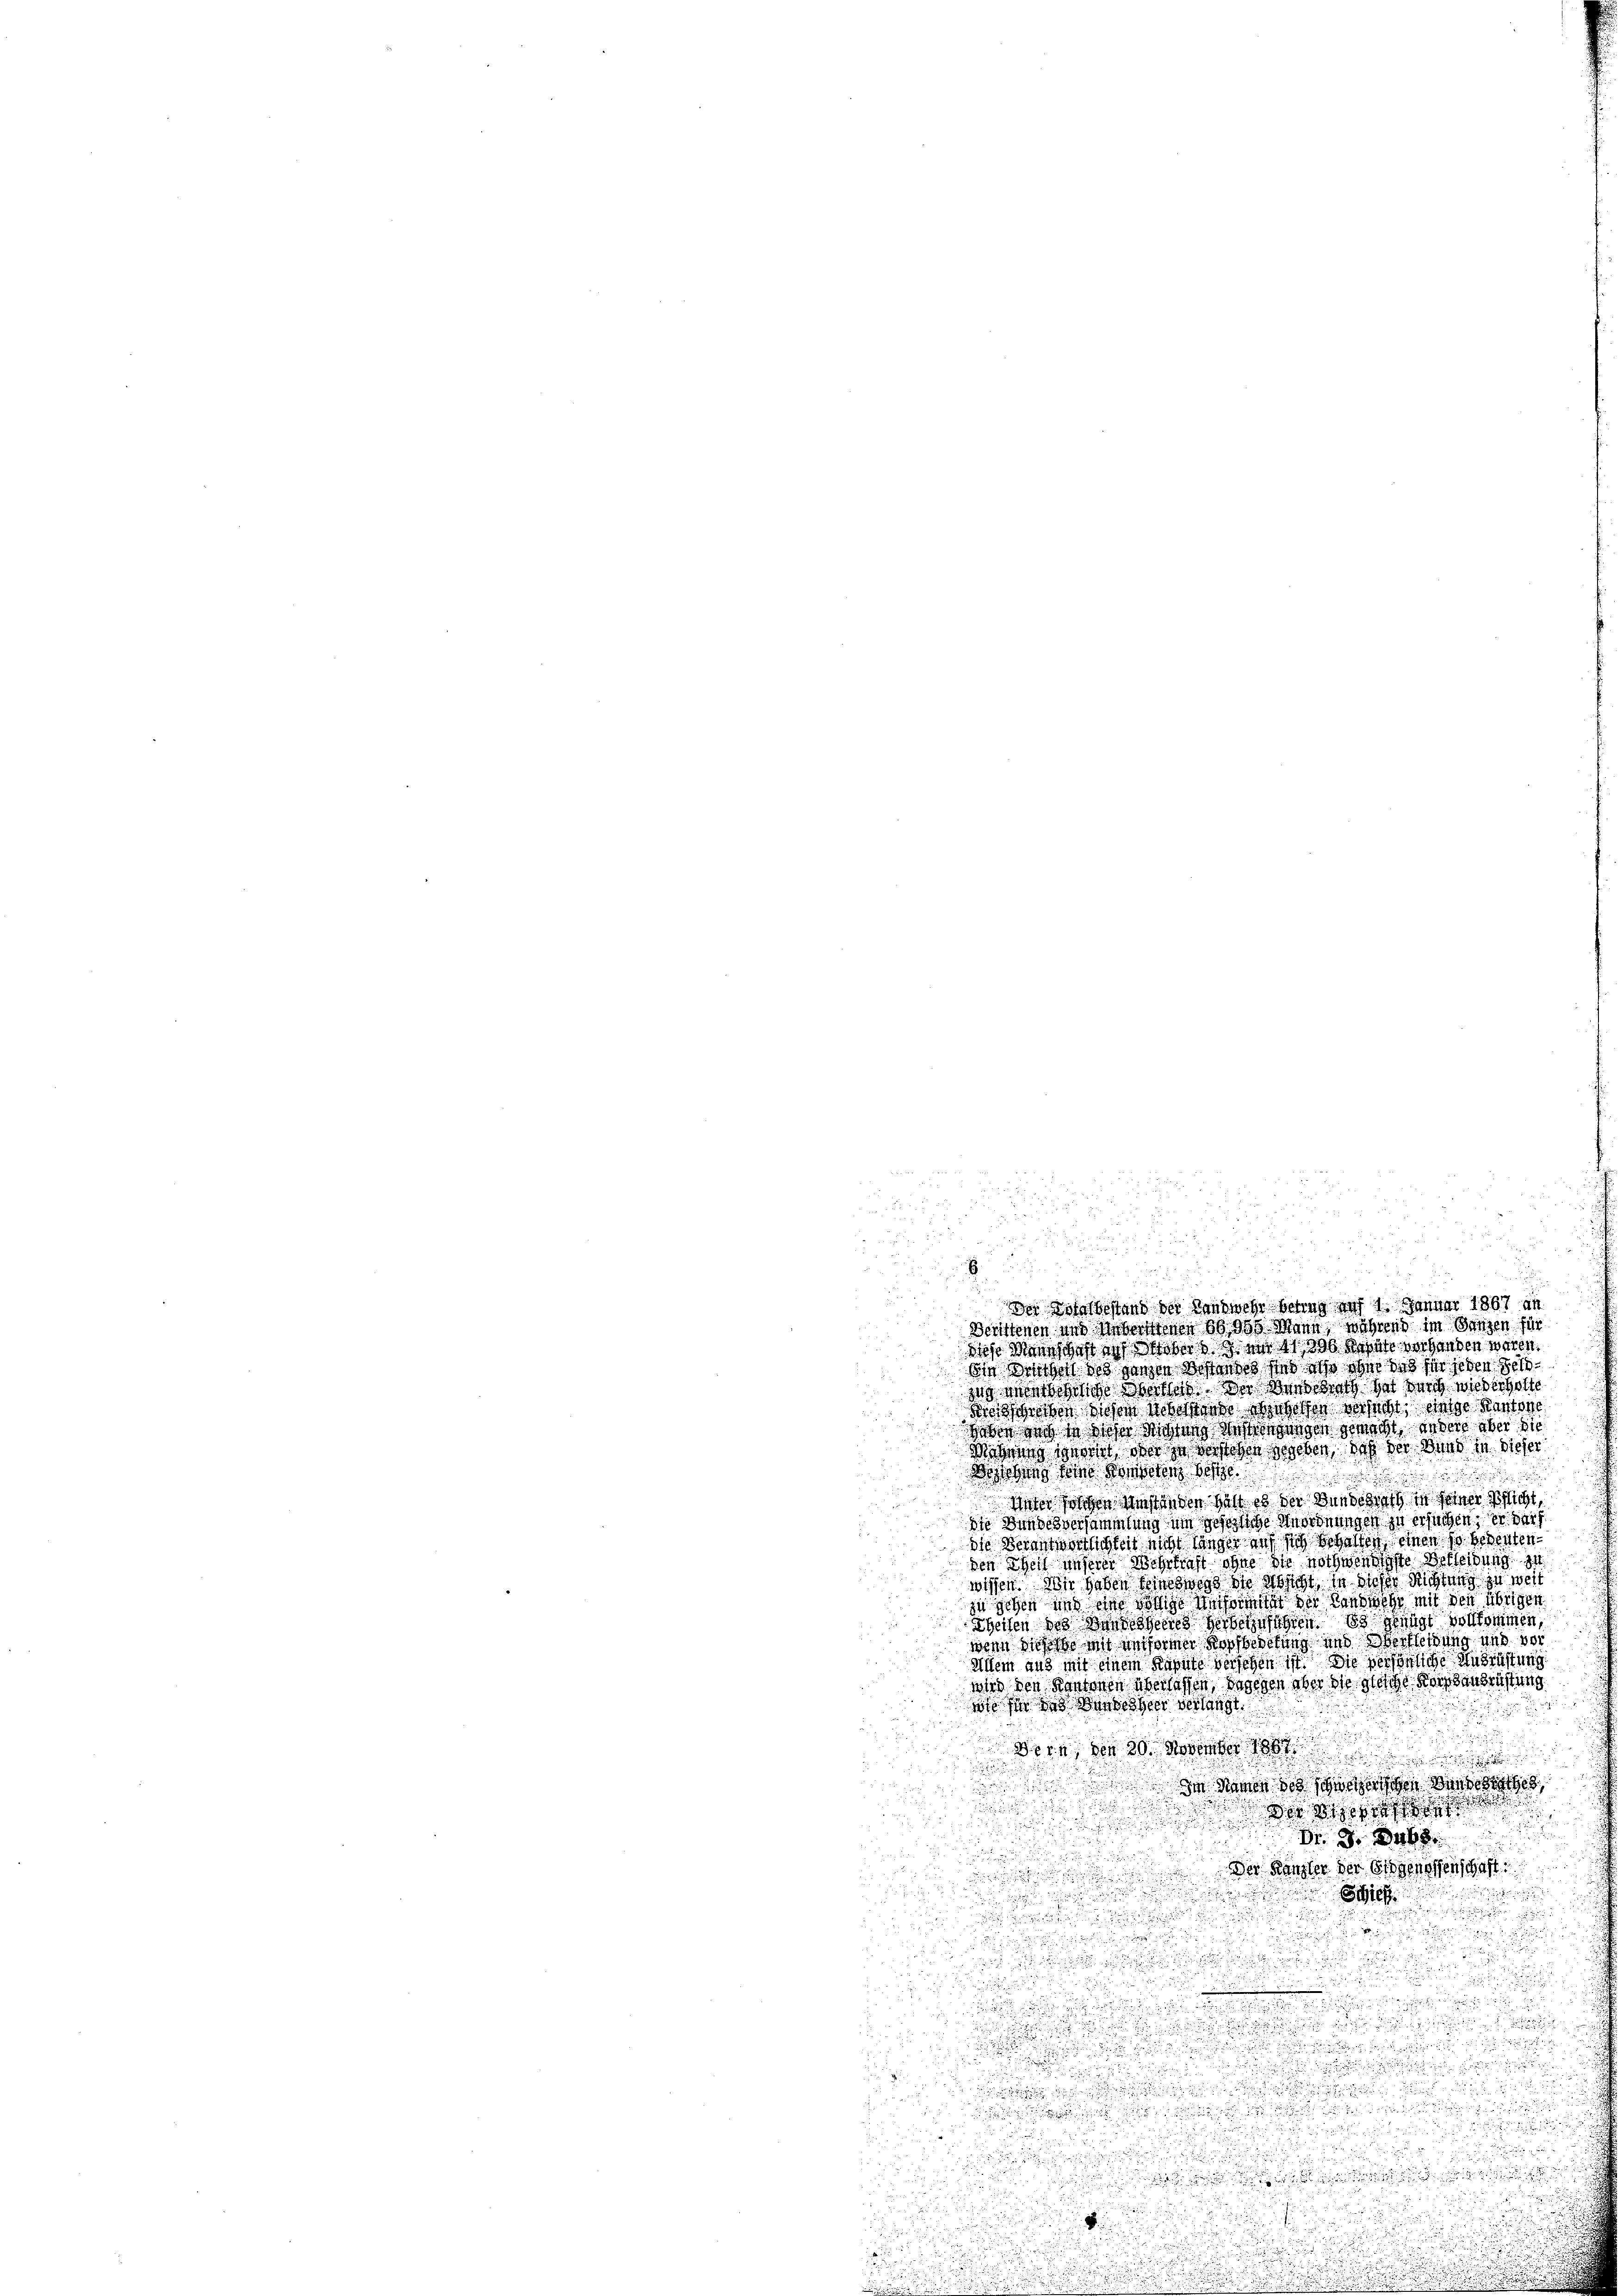
a
das Mannsches ich aber 1896 Septe verhanden wären.
die Bürgert des ganzen dessers sie ich aber das für jeden Geld
s

zug aussöhnliche Wertheit. Der Wandesrath hat durch wiederholte
Kreisschen Wiesem Ueberstande Schuhelfen versucht, einige Kantone
heben dach da dieser Wichtung dessingungen gemacht, undere aber die
Mitung gewort der zu verstehen gegeben, daß der Bund in dieser
Bebung seine Kosten de

siehen Folgen Umständen hatt es der Bundschaft in seiner Pflicht
die Bundesversammlung im gesezliche Anordnungen zu ersuchen, er der
die Verantwortlichkeit nicht länger auf sich behalten, einen 10. bedeutenden Theil unserer Wehrkraft ohne die nothwendigste Bekleidung zu
wissen. Wir haben seineswegs die Absicht, in dieser Richtung zu weit
zu geben und eine völlige Anformitat der Landmehr mit den übrigen
Theilen des Bandessen herbeinsichten genügt vollkommen
wenn sichte mit Anformer Kopfbedekung und Oertleidung und vor
Milem aus mit einem Rahnte versehen ist. Die persönliche Ausrüstung
wird den Kantonen überlassen, dagegen aber die gleiche Berg ausrüstung
wie sie in andesheer verlangt
Bern, von 20. November 1881
.
  Die Namen des schweizer Be
u

 der
J
d

d
Dr. S. 468

n

Der Kanzler der Eidgenossenschaft

a

Stief

58

.

552

d
d

e
u

n
u

u

E

Der Rosalbestand der Landwehr betrug auf 1. Januar 1867 an
Deittenen und Aeberstenen 60,000 Mann, während im Ganzen für